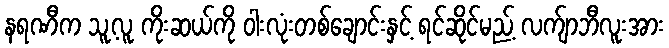
နရဏီက သူ့လူ ကိုးဆယ်ကို ဝါးလုံးတစ်ချောင်းနှင့် ရင်ဆိုင်မည့် လက်ျာဘီလူးအား